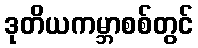
ဒုတိယကမ္ဘာစစ်တွင်